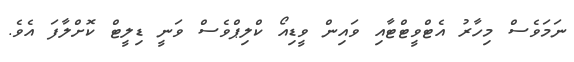
ނަމަވެސް މިހާރު އެޓްވީޓްޓާއި ވައިން ވީޑިއޯ ކްލިޕްވެސް ވަނީ ޑިލީޓް ކޮށްލާފަ އެވެ.